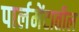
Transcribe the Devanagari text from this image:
पार्लमेंटातील